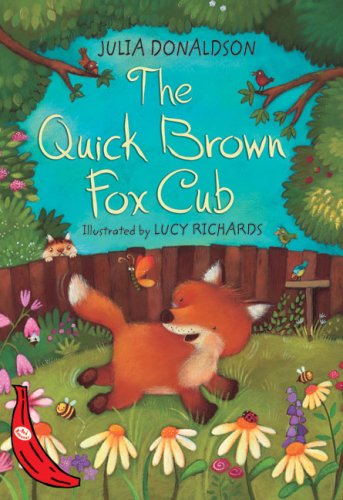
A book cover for The Quick Brown Fox Cub (Red Bananas); Julia Donaldson; Children's Books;